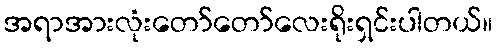
အရာအားလုံးတော်တော်လေးရိုးရှင်းပါတယ်။